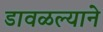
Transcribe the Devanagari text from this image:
डावळल्याने